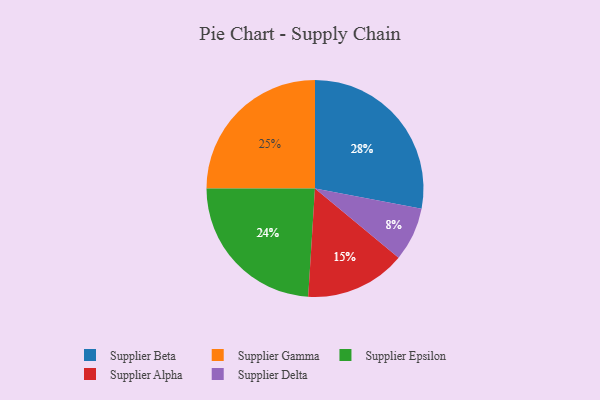
{"axis": {"x": "Category", "y": "Percentage"}, "legend": ["Supplier Alpha", "Supplier Beta", "Supplier Delta", "Supplier Epsilon", "Supplier Gamma"], "data": [{"x": "Supplier Epsilon", "y": 24, "type": "Supplier Epsilon"}, {"x": "Supplier Beta", "y": 28, "type": "Supplier Beta"}, {"x": "Supplier Delta", "y": 8, "type": "Supplier Delta"}, {"x": "Supplier Alpha", "y": 15, "type": "Supplier Alpha"}, {"x": "Supplier Gamma", "y": 25, "type": "Supplier Gamma"}]}